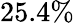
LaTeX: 25.4\%